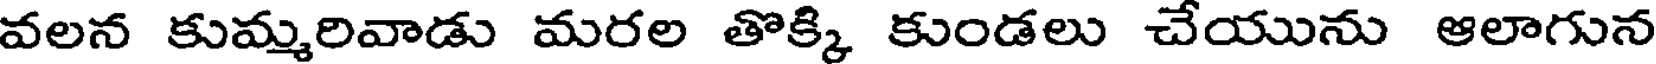
వలన కుమ్మరివాడు మరల తొక్కి కుండలు చేయును ఆలాగున